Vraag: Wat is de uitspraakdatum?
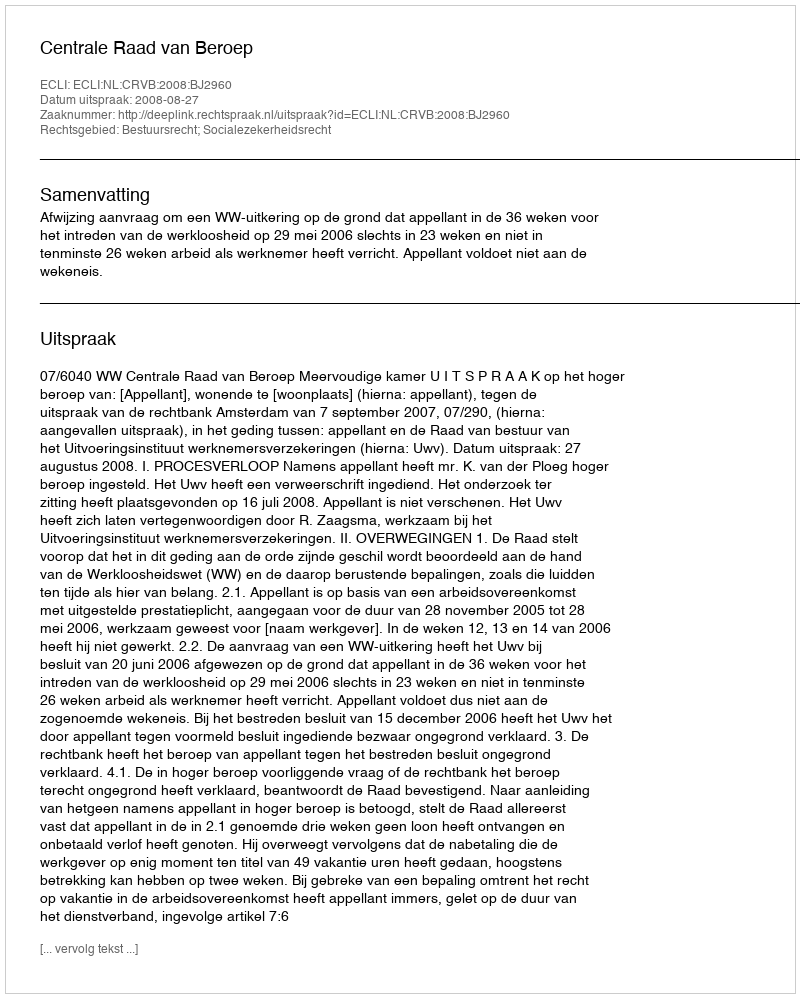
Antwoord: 2008-08-27